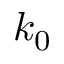
k _ { 0 }